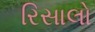
રિસાલો